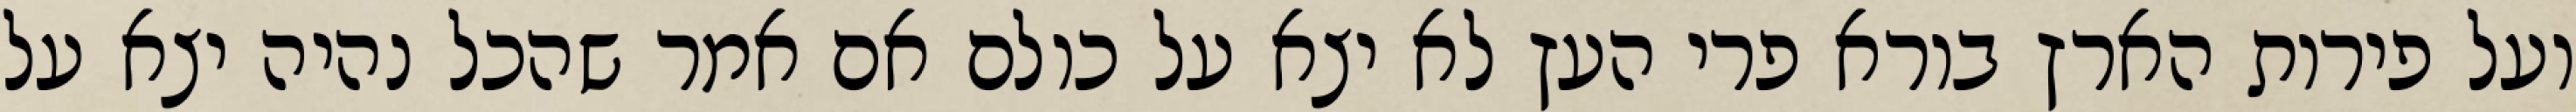
ועל פירות הארץ בורא פרי העץ לא יצא על כולם אם אמר שהכל נהיה יצא על